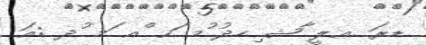
ޑރަ .ޢލީ ާޝ ިހދު ުމ ަޙ ްއ ަމ ުދ :އަ